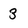
Character: 3